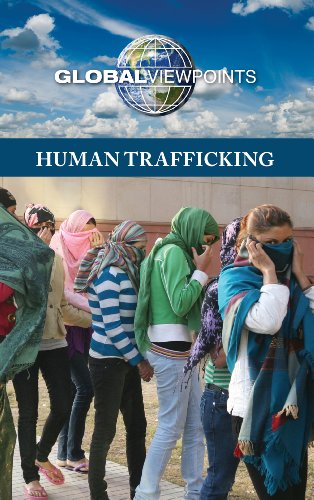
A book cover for Human Trafficking (Global Viewpoints); Margaret Haerens; Teen & Young Adult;